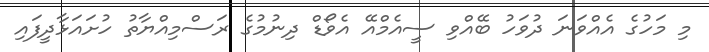
މި މަހުގެ އެއްވަނަ ދުވަހު ބޭއްވި ސީއެމްއޭ އެވޯޑް ދިނުމުގެ ރަސްމިއްޔާތު ހުށައަޅާދީފައި